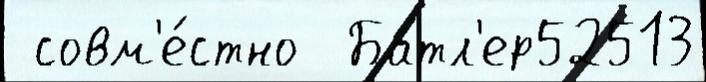
 совм'е́стно  Батл'ер52513